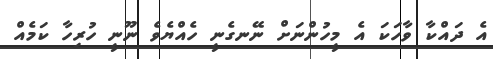
އެ ދައްކާ ވާހަކަ އެ މީހުންނަށް ނޭނގެނީ ހެއްޔެވެ ނޫނީ ހުރިހާ ކަމެއް